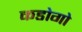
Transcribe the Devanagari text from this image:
कडोगो